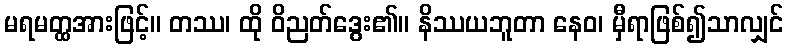
မရမတ္ထအားဖြင့်။ တဿ၊ ထို ဝိညတ်ဒွေး၏။ နိဿယဘူတာ နေဝ၊ မှီရာဖြစ်၍သာလျှင်